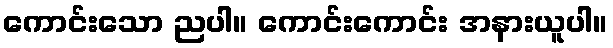
ကောင်းသော ညပါ။ ကောင်းကောင်း အနားယူပါ။